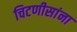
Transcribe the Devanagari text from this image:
चिटणीसांना